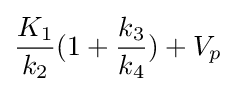
{\frac {K_{1}}{k_{2}}}(1+{\frac {k_{3}}{k_{4}}})+V_{p}